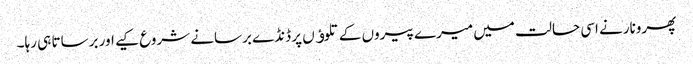
پھرونارنے اسی حالت میں میرے پیروں کے تلوﺅں پر ڈنڈے برسانے شروع کیے اور برساتا ہی رہا۔